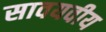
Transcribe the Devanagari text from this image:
सावयवीय